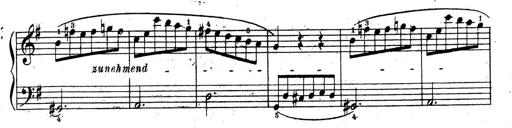
Title: 10 Sonatinas
Composer: Fritz Spindler